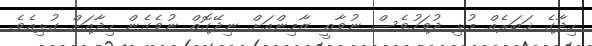
ހިދާގެ ޚަބަރެއް މުޅި ދުވަހުވެސް ނުވާތީ ޒާމިންއަށް ނިދޭގޮތް ނުވެގެން ހިދާއަށް ގުޅިއެވެ.